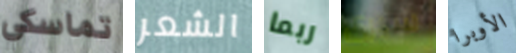
تماسكي الشعر ربما سيرى الأوبرا